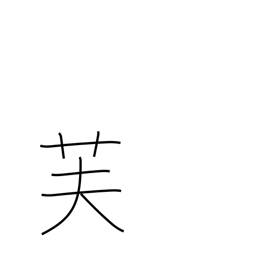
Meaning: Mt Fuji